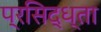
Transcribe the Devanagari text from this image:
प्रसिद्ध्ता